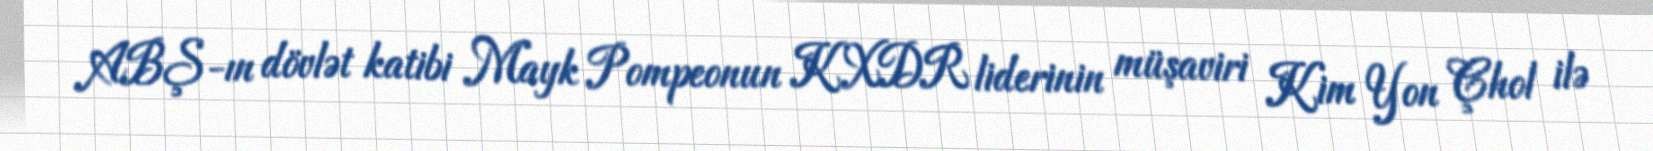
ABŞ-ın dövlət katibi Mayk Pompeonun KXDR liderinin müşaviri Kim Yon Çhol ilə